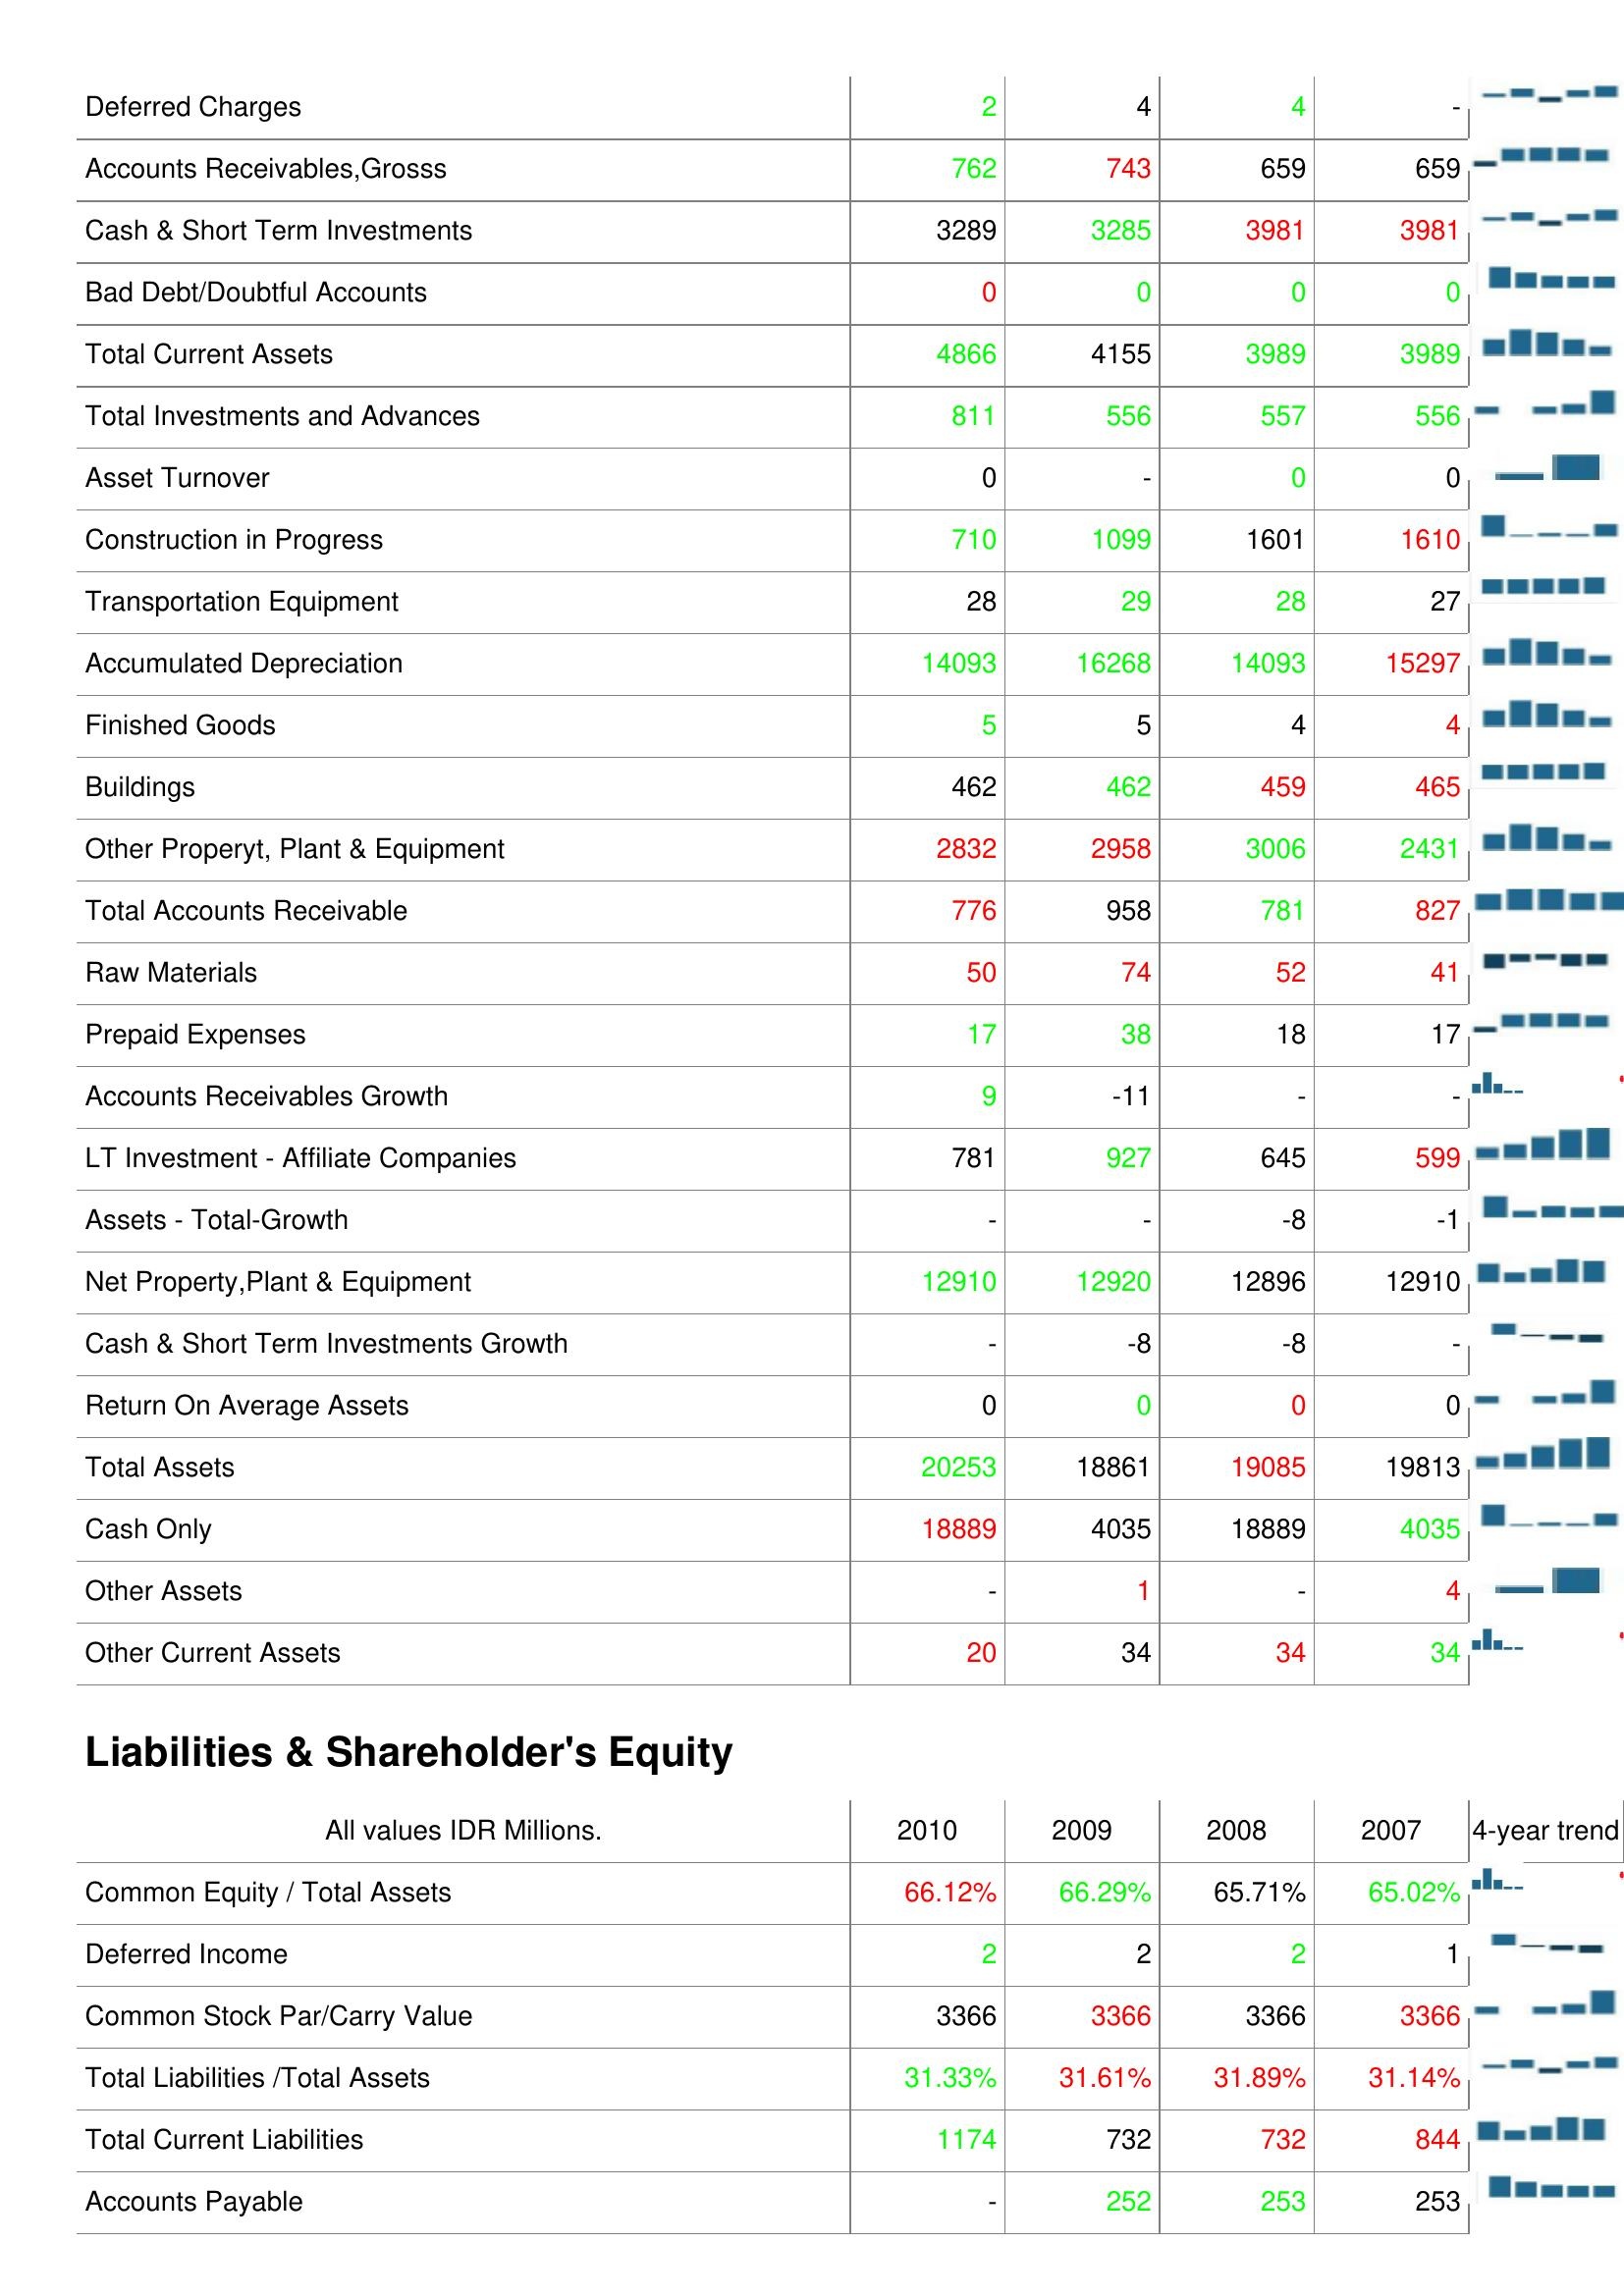
2010: Assets: Deferred Charges: 2
Accounts Receivables,Grosss: 762
Cash & Short Term Investments: 3289
Bad Debt/Doubtful Accounts: 0
Total Current Assets: 4866
Total Investments and Advances: 811
Asset Turnover: 0
Construction in Progress: 710
Transportation Equipment: 28
Accumulated Depreciation: 14093
Finished Goods: 5
Buildings: 462
Other Properyt, Plant & Equipment: 2832
Total Accounts Receivable: 776
Raw Materials: 50
Prepaid Expenses: 17
Accounts Receivables Growth: 9
LT Investment - Affiliate Companies: 781
Assets - Total-Growth: -
Net Property,Plant & Equipment: 12910
Cash & Short Term Investments Growth: -
Return On Average Assets: 0
Total Assets: 20253
Cash Only: 18889
Other Assets: -
Other Current Assets: 20
Liabilities & Shareholder's Equity: Common Equity / Total Assets: 66.12%
Deferred Income: 2
Common Stock Par/Carry Value: 3366
Total Liabilities /Total Assets: 31.33%
Total Current Liabilities: 1174
Accounts Payable: -
2009: Assets: Deferred Charges: 4
Accounts Receivables,Grosss: 743
Cash & Short Term Investments: 3285
Bad Debt/Doubtful Accounts: 0
Total Current Assets: 4155
Total Investments and Advances: 556
Asset Turnover: -
Construction in Progress: 1099
Transportation Equipment: 29
Accumulated Depreciation: 16268
Finished Goods: 5
Buildings: 462
Other Properyt, Plant & Equipment: 2958
Total Accounts Receivable: 958
Raw Materials: 74
Prepaid Expenses: 38
Accounts Receivables Growth: -11
LT Investment - Affiliate Companies: 927
Assets - Total-Growth: -
Net Property,Plant & Equipment: 12920
Cash & Short Term Investments Growth: -8
Return On Average Assets: 0
Total Assets: 18861
Cash Only: 4035
Other Assets: 1
Other Current Assets: 34
Liabilities & Shareholder's Equity: Common Equity / Total Assets: 66.29%
Deferred Income: 2
Common Stock Par/Carry Value: 3366
Total Liabilities /Total Assets: 31.61%
Total Current Liabilities: 732
Accounts Payable: 252
2008: Assets: Deferred Charges: 4
Accounts Receivables,Grosss: 659
Cash & Short Term Investments: 3981
Bad Debt/Doubtful Accounts: 0
Total Current Assets: 3989
Total Investments and Advances: 557
Asset Turnover: 0
Construction in Progress: 1601
Transportation Equipment: 28
Accumulated Depreciation: 14093
Finished Goods: 4
Buildings: 459
Other Properyt, Plant & Equipment: 3006
Total Accounts Receivable: 781
Raw Materials: 52
Prepaid Expenses: 18
Accounts Receivables Growth: -
LT Investment - Affiliate Companies: 645
Assets - Total-Growth: -8
Net Property,Plant & Equipment: 12896
Cash & Short Term Investments Growth: -8
Return On Average Assets: 0
Total Assets: 19085
Cash Only: 18889
Other Assets: -
Other Current Assets: 34
Liabilities & Shareholder's Equity: Common Equity / Total Assets: 65.71%
Deferred Income: 2
Common Stock Par/Carry Value: 3366
Total Liabilities /Total Assets: 31.89%
Total Current Liabilities: 732
Accounts Payable: 253
2007: Assets: Deferred Charges: -
Accounts Receivables,Grosss: 659
Cash & Short Term Investments: 3981
Bad Debt/Doubtful Accounts: 0
Total Current Assets: 3989
Total Investments and Advances: 556
Asset Turnover: 0
Construction in Progress: 1610
Transportation Equipment: 27
Accumulated Depreciation: 15297
Finished Goods: 4
Buildings: 465
Other Properyt, Plant & Equipment: 2431
Total Accounts Receivable: 827
Raw Materials: 41
Prepaid Expenses: 17
Accounts Receivables Growth: -
LT Investment - Affiliate Companies: 599
Assets - Total-Growth: -1
Net Property,Plant & Equipment: 12910
Cash & Short Term Investments Growth: -
Return On Average Assets: 0
Total Assets: 19813
Cash Only: 4035
Other Assets: 4
Other Current Assets: 34
Liabilities & Shareholder's Equity: Common Equity / Total Assets: 65.02%
Deferred Income: 1
Common Stock Par/Carry Value: 3366
Total Liabilities /Total Assets: 31.14%
Total Current Liabilities: 844
Accounts Payable: 253